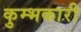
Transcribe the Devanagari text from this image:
कुम्भकारी